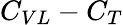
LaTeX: C_{VL}-C_{T}